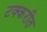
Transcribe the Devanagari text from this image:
टक्करीत